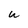
Character: U